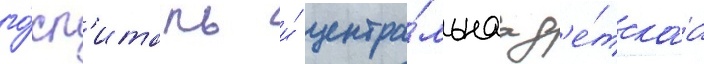
го́сп'италь и́ центра́льнаа д'е́тскаа